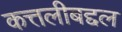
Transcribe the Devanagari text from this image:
कत्तलीबद्दल